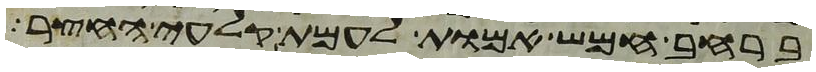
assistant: ברחב חמש אמות לעמת קלעי החצר